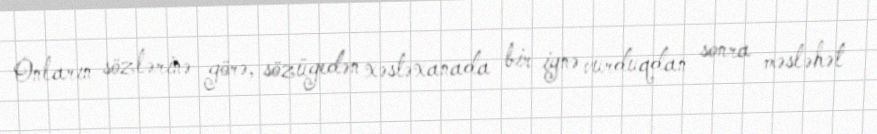
Onların sözlərinə görə, sözügedən xəstəxanada bir iynə vurduqdan sonra məsləhət